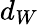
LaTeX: d_{W}